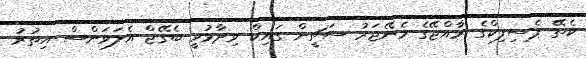
ކެތޭ ޕެސިފިކްގެ ރާއްޖޭގެ މެނޭޖަރު ސަޗީން ގައިކް ވިދާޅުވީ ބެގޭޖް އެލަވަންސް އިތުރު